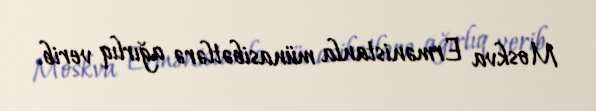
Moskva Ermənistanla münasibətlərə ağırlıq verib.